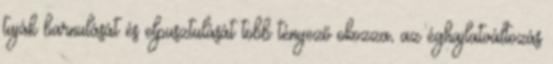
tuják barnulását és elpusztulását több tényező okozza, az éghajlatváltozás